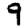
Digit: 9